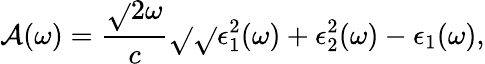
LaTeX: \mathcal{A}(\omega)=\frac{{\sqrt{}{{2}}\omega}}{{c}}\sqrt{}{{\sqrt{}{{\epsilon_{1}^{2}(\omega)+\epsilon_{2}^{2}(\omega)}}-\epsilon_{1}(\omega)}},